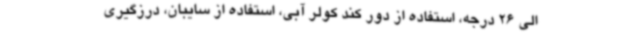
الی 26 درجه، استفاده از دور کند کولر آبی، استفاده از سایبان، درزگیری